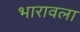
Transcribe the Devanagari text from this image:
भारावला